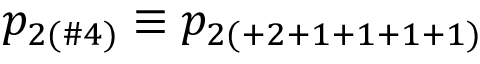
p _ { 2 ( \# 4 ) } \equiv p _ { 2 ( + 2 + 1 + 1 + 1 + 1 ) }